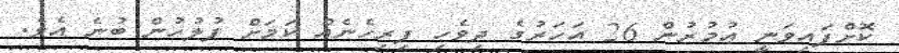
ކޮށްފައިވަނީ ޢުމުރުން 26 އަހަރުގެ ދިވެހި ފިރިހެނެއް ކަމަށް ފުލުހުން ބުނެ އެވެ.